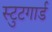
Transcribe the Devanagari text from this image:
स्टुटगार्ड